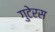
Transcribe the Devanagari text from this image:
गुटेरस